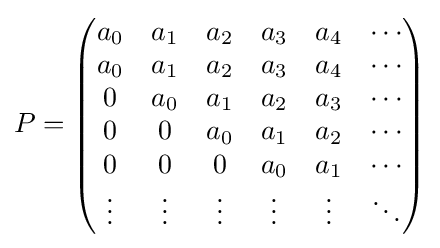
P={\begin{pmatrix}a_{0}&a_{1}&a_{2}&a_{3}&a_{4}&\cdots \\a_{0}&a_{1}&a_{2}&a_{3}&a_{4}&\cdots \\0&a_{0}&a_{1}&a_{2}&a_{3}&\cdots \\0&0&a_{0}&a_{1}&a_{2}&\cdots \\0&0&0&a_{0}&a_{1}&\cdots \\\vdots &\vdots &\vdots &\vdots &\vdots &\ddots \end{pmatrix}}